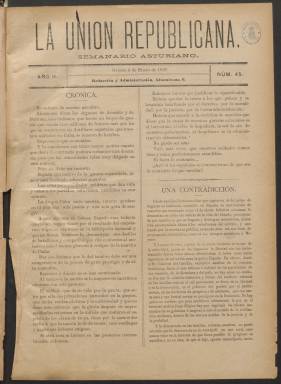
Título: La Unión republicana
Colección: Periódicos
Ámbito geográfico: Asturias
Lugar de publicación: Oviedo
Fechas: 03/01/1897-26/12/1897